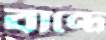
বান্দ্রে